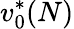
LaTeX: v_{0}^{*}(N)